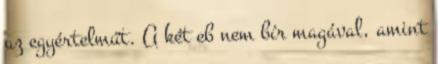
az egyértelműt. A két eb nem bír magával, amint